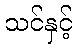
သင်နှင့်